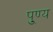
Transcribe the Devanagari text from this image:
पु्ण्य